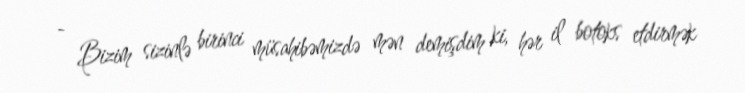
- Bizim sizinlə birinci müsahibəmizdə mən demişdim ki, hər il botoks etdirmək